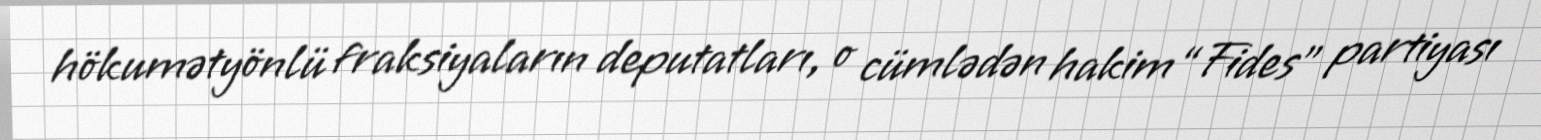
hökumətyönlü fraksiyaların deputatları, o cümlədən hakim “Fides” partiyası